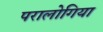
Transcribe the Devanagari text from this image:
परालोगिया